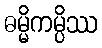
ဓမ္မိကမ္ပိဿ